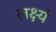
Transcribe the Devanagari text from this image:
लक्ष्यं